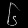
Digit: ၆